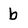
Character: b